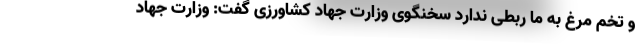
و تخم مرغ به ما ربطی ندارد سخنگوی وزارت جهاد کشاورزی گفت: وزارت جهاد